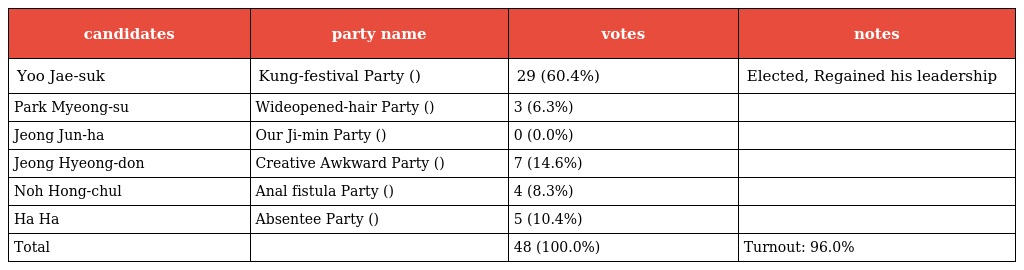
| candidates | party name | votes | notes |
 | --- | --- | --- | --- |
 | Yoo Jae-suk | Kung-festival Party (쿵잔치당) | 29 (60.4%) | Elected, Regained his leadership |
 | Park Myeong-su | Wideopened-hair Party (열린머리당) | 3 (6.3%) |  |
 | Jeong Jun-ha | Our Ji-min Party (우리지민당) | 0 (0.0%) |  |
 | Jeong Hyeong-don | Creative Awkward Party (창조어색당) | 7 (14.6%) |  |
 | Noh Hong-chul | Anal fistula Party (치루치루당) | 4 (8.3%) |  |
 | Ha Ha | Absentee Party (무재자당) | 5 (10.4%) |  |
 | Total |  | 48 (100.0%) | Turnout: 96.0% |